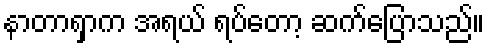
နာတာရှာက အရယ် ရပ်တော့ ဆက်ပြောသည်။